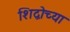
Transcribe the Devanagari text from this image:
शिद्वोच्या